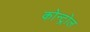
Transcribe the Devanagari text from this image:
कोन्ट्रोल